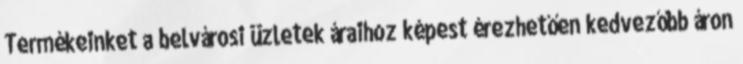
Termékeinket a belvárosi üzletek áraihoz képest érezhetően kedvezőbb áron